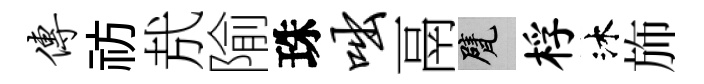
传祊㢤隃珠咄鬲甓桴沐斾